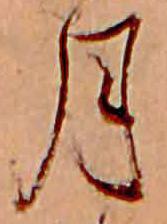
月